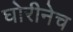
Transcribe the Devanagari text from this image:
घोरीनेच